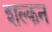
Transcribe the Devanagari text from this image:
शल्‍कन